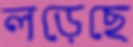
লড়েছে